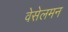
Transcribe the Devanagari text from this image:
वेसेलमन